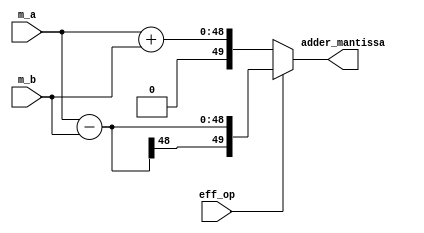
`timescale 1ns / 1ps
//////////////////////////////////////////////////////////////////////////////////
// Company: 
// Engineer: 
// 
// Design Name: 
// Module Name:    accumulate 
// Project Name: 
// Target Devices: 
// Tool versions: 
// Description: 
//
// Dependencies: 
//
// Revision: 
// Revision 0.01 - File Created
// Additional Comments: 
//
//////////////////////////////////////////////////////////////////////////////////
module accumulate #(	parameter size_mul_mantissa  = 48)	//mantissa bits)
						(	input [size_mul_mantissa - 1:0] m_a,
							input [size_mul_mantissa - 1:0] m_b,
							input eff_op,
							output[size_mul_mantissa + 1 : 0] adder_mantissa);

assign adder_mantissa = (eff_op)? ({1'b0, m_a} - {1'b0, m_b}) : ({1'b0, m_a} + {1'b0, m_b});

endmodule